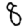
Digit: 8